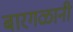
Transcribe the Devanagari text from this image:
बारगळानी